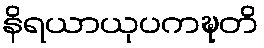
နိရယာယုပကဍ္ဎတိ